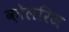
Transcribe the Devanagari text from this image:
क़ोलरिज